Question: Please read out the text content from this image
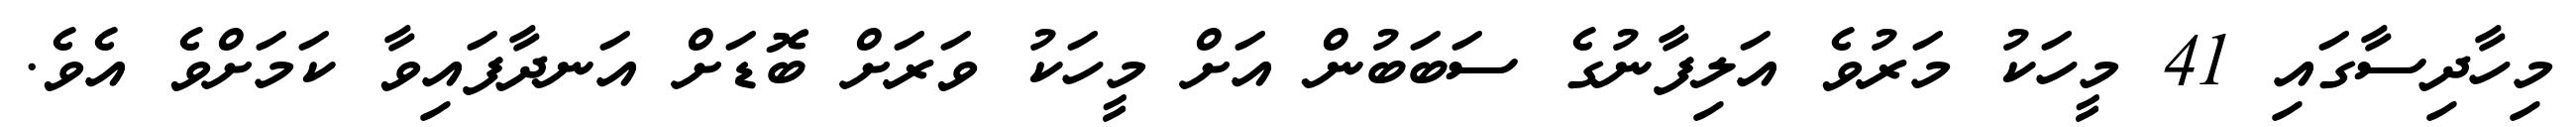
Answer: މިހާދިސާގައި 41 މީހަކު މަރުވެ އަލިފާނުގެ ސަބަބުން އަށް މީހަކު ވަރަށް ބޮޑަށް އަނދާފައިވާ ކަމަށްވެ އެވެ.